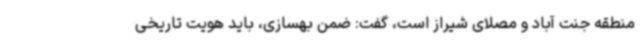
منطقه جنت آباد و مصلای شیراز است، گفت: ضمن بهسازی، باید هویت تاریخی